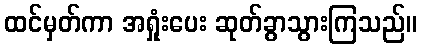
ထင်မှတ်ကာ အရှုံးပေး ဆုတ်ခွာသွားကြသည်။